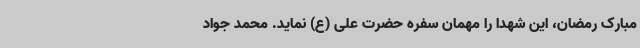
مبارک رمضان، این شهدا را مهمان سفره‌ حضرت علی (ع) نماید. محمد جواد